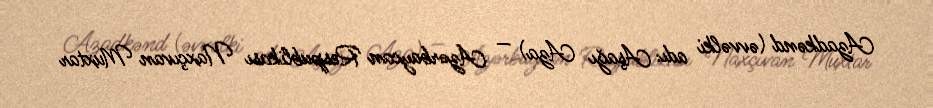
Azadkənd (əvvəlki adı: Aşağı Aza) — Azərbaycan Respublikası Naxçıvan Muxtar